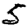
Digit: 5